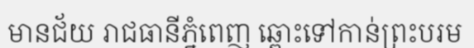
មានជ័យ រាជធានីភ្នំពេញ ឆ្ពោះទៅកាន់ព្រះបរម